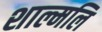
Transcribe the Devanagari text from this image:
शाल्मलि